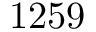
1 2 5 9